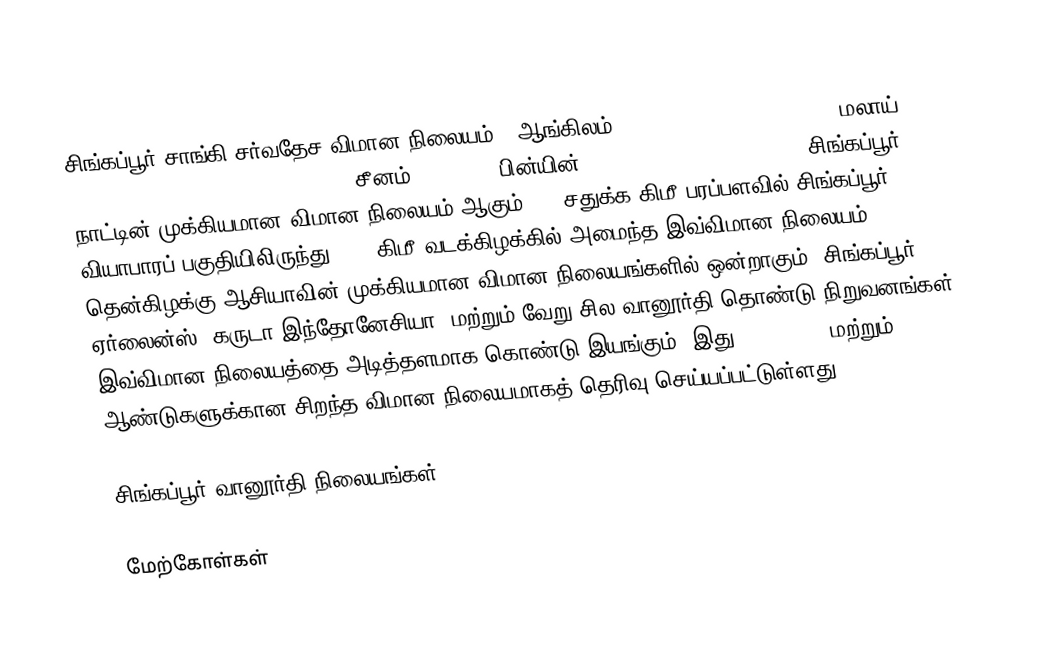
சிங்கப்பூர் சாங்கி சர்வதேச விமான நிலையம். (ஆங்கிலம்: Singapore Changi Airport, மலாய்: Lapangan Terbang Changi Singapura, சீனம்: 新加坡樟宜机场, பின்யின்: Xīnjiāpō Zhāngyí Jīchǎng) சிங்கப்பூர் நாட்டின் முக்கியமான விமான நிலையம் ஆகும். 13 சதுக்க கிமீ பரப்பளவில் சிங்கப்பூர் வியாபாரப் பகுதியிலிருந்து 17.2 கிமீ வடக்கிழக்கில் அமைந்த இவ்விமான நிலையம் தென்கிழக்கு ஆசியாவின் முக்கியமான விமான நிலையங்களில் ஒன்றாகும். சிங்கப்பூர் ஏர்லைன்ஸ், கருடா இந்தோனேசியா, மற்றும் வேறு சில வானூர்தி தொண்டு நிறுவனங்கள் இவ்விமான நிலையத்தை அடித்தளமாக கொண்டு இயங்கும். இது 2009, 2010 மற்றும் 2011 ஆண்டுகளுக்கான சிறந்த விமான நிலையமாகத் தெரிவு செய்யப்பட்டுள்ளது.

சிங்கப்பூர் வானூர்தி நிலையங்கள்

மேற்கோள்கள்